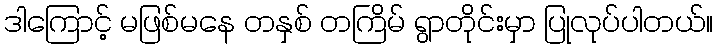
ဒါကြောင့် မဖြစ်မနေ တနှစ် တကြိမ် ရွာတိုင်းမှာ ပြုလုပ်ပါတယ်။